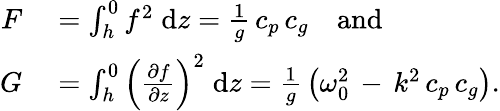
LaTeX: \begin{array}{rl}{F}&{{}=\int_{h}^{0}f^{2}\; {\mathrm{d}}z={\frac{1}{g}}\, c_{p}\, c_{g}\quad{\mathrm{and}}}\\ {G}&{{}=\int_{h}^{0}\left({\frac{\partial{f}}{\partial{z}}}\right)^{2}\; {\mathrm{d}}z={\frac{1}{g}}\left(\omega_{0}^{2}\, -\, k^{2}\, c_{p}\, c_{g}\right).}\end{array}